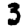
Digit: 3